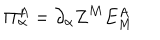
LaTeX: \Pi _ { \alpha } ^ { A } = \partial _ { \alpha } Z ^ { M } E _ { M } ^ { A }